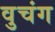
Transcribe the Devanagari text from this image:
वुचंग